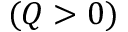
( Q > 0 )